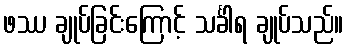
ဖဿ ချုပ်ခြင်းကြောင့် သင်္ခါရ ချုပ်သည်။